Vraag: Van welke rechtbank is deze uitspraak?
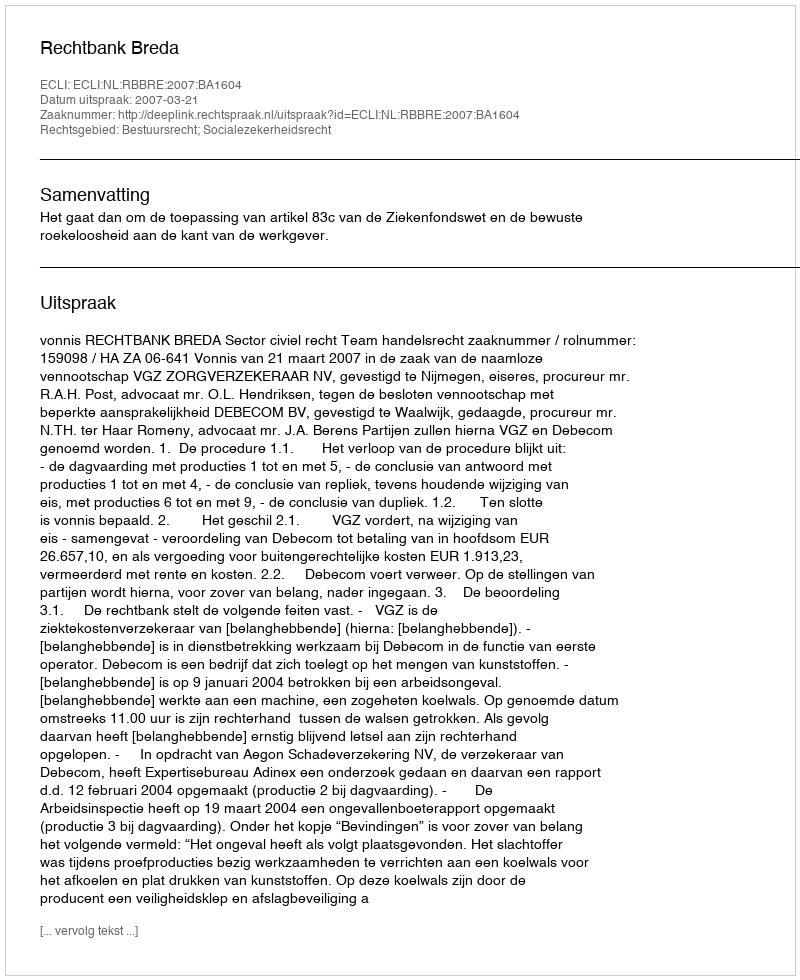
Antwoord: Rechtbank Breda